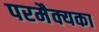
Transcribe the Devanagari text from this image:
परमैक्यका